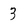
Character: 3